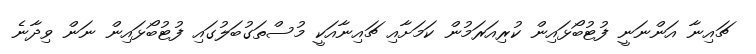
ޗައިނާ އަންނަނީ ފުޓުބޯޅައިން ކުރިއަރަމުން ކަމަށާއި ޗައިނާއަކީ މުސްތަގުބަލުގައި ފުޓުބޯޅައިން ނަން ވިދާނެ